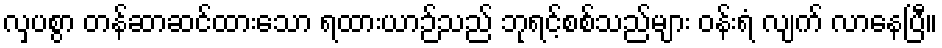
လှပစွာ တန်ဆာဆင်ထားသော ရထားယာဉ်သည် ဘုရင့်စစ်သည်များ ဝန်းရံ လျက် လာနေပြီ။